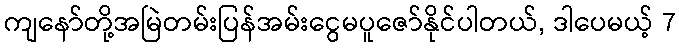
ကျနော်တို့အမြဲတမ်းပြန်အမ်းငွေမပူဇော်နိုင်ပါတယ်, ဒါပေမယ့် 7